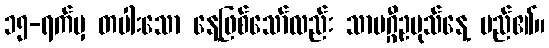
၁၅-ရက်မှ တပါးသော နေ့ဖြစ်သော်လည်း သာမဂ္ဂီဥပုသ်နေ့ မည်၏။